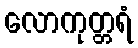
လောကုတ္တရံ